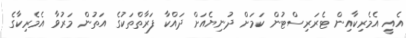
އެއީ އެމެރިކާއިން ޓެރަރިސްޓުން ކަމަށް ދުނިޔެއަށް ދައްކާ ފަރާތްތަކުގެ އަތުން މަރުވާ އެމެރިކާގެ